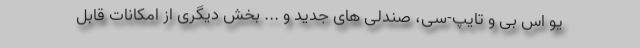
یو اس بی و تایپ-سی، صندلی های جدید و ... بخش دیگری از امکانات قابل